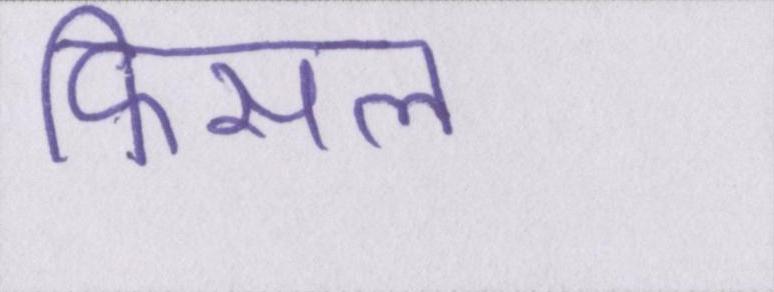
फिसल